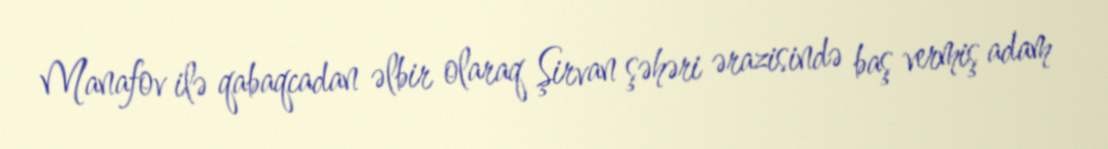
Manafov ilə qabaqcadan əlbir olaraq Şirvan şəhəri ərazisində baş vermiş adam